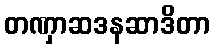
တဏှာဆဒနဆာဒိတာ